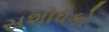
સશોધકો